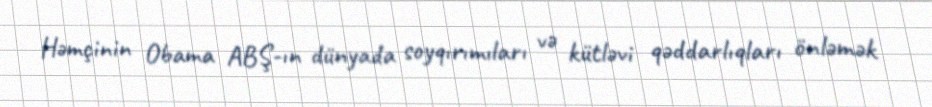
Həmçinin Obama ABŞ-ın dünyada soyqırımıları və kütləvi qəddarlıqları önləmək